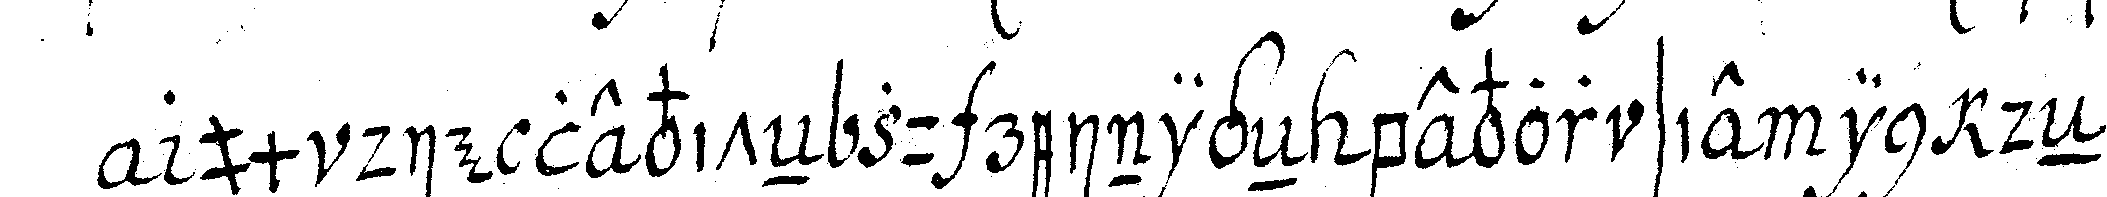
um die leviteN zu reinigeN bevor sie in deN